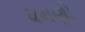
ધમણો